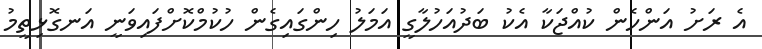
އެ ރަށު އަންހެން ކުއްޖަކާ އެކު ބަދުއަހުލާގީ އަމަލު ހިންގައިގެން ހުކުމްކޮށްފައިވަނީ އަނގޮޅިތީމު